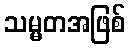
သမ္မတအဖြစ်